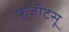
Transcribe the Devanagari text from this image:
फूजीटसू